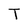
Character: T